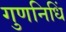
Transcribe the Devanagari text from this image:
गुणनिधिं